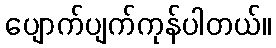
ပျောက်ပျက်ကုန်ပါတယ်။